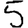
Digit: 5